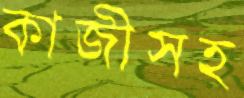
কাজীসহ